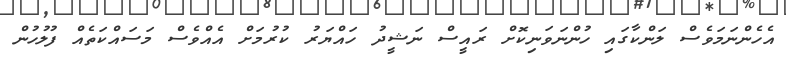
އެހެންނަމަވެސް ލަންކާގައި ހުންނަވަނިކޮށް ރައީސް ނަޝީދު ހައްޔަރު ކުރުމަށް އެއްވެސް މަސައްކަތެއް ފުލުހުން